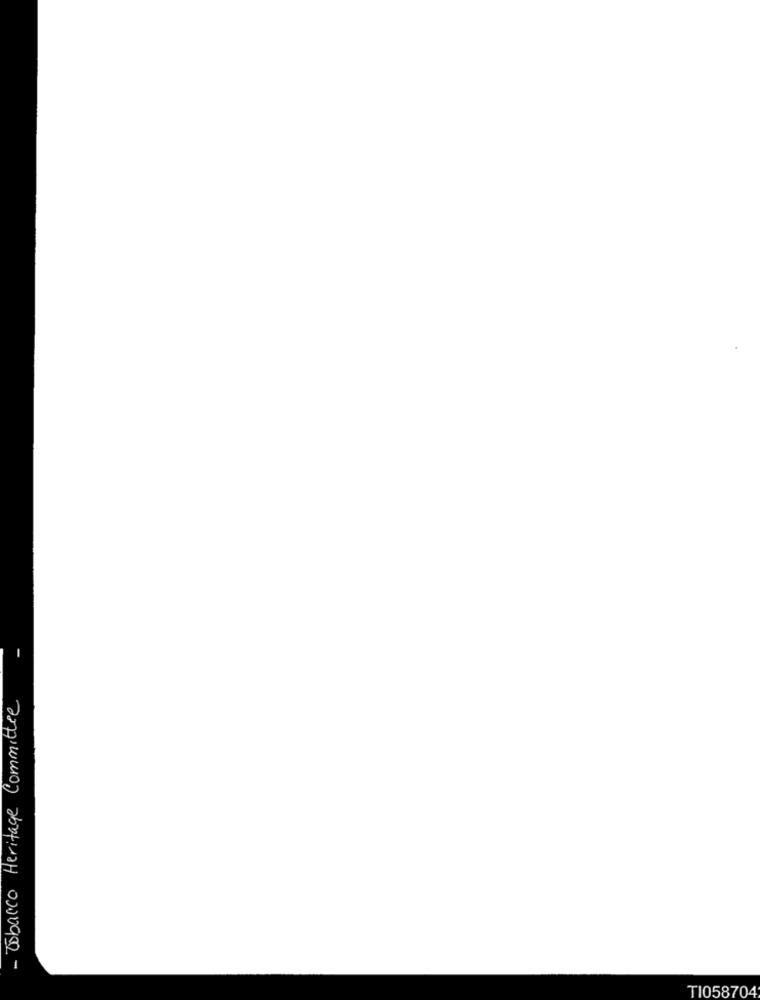
- Tobacco Heritage Committee
TI058704